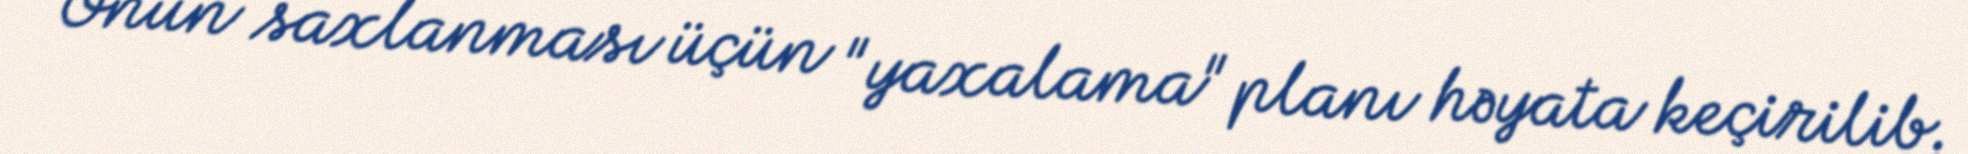
Onun saxlanması üçün "yaxalama" planı həyata keçirilib.